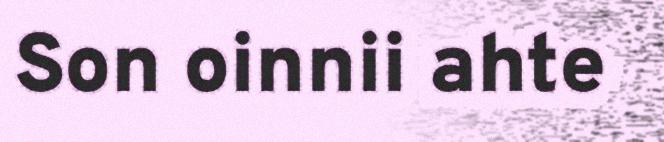
Son oinnii ahte